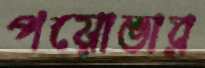
পয়োভার